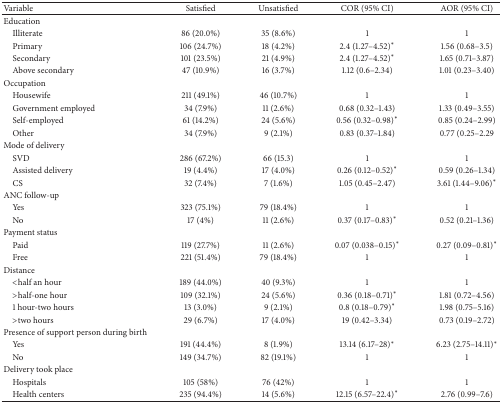
<table><thead><tr><td><b>Variable</b></td><td><b>Satisfied</b></td><td><b>Unsatisfied</b></td><td><b>COR (95% CI)</b></td><td><b>AOR (95% CI)</b></td></tr></thead><tbody><tr><td>Education</td><td> </td><td> </td><td> </td><td> </td></tr><tr><td> Illiterate</td><td>86 (20.0%)</td><td>35 (8.6%)</td><td>1</td><td>1</td></tr><tr><td> Primary</td><td>106 (24.7%)</td><td>18 (4.2%)</td><td>2.4 (1.27–4.52)<sup><i>∗</i></sup></td><td>1.56 (0.68–3.5)</td></tr><tr><td> Secondary</td><td>101 (23.5%)</td><td>21 (4.9%)</td><td>2.4 (1.27–4.52)<sup><i>∗</i></sup></td><td>1.65 (0.71–3.87)</td></tr><tr><td> Above secondary </td><td>47 (10.9%)</td><td>16 (3.7%)</td><td>1.12 (0.6–2.34)</td><td>1.01 (0.23–3.40)</td></tr><tr><td>Occupation</td><td> </td><td> </td><td> </td><td> </td></tr><tr><td> Housewife </td><td>211 (49.1%)</td><td>46 (10.7%)</td><td>1</td><td>1</td></tr><tr><td> Government employed </td><td>34 (7.9%)</td><td>11 (2.6%)</td><td>0.68 (0.32–1.43)</td><td>1.33 (0.49–3.55)</td></tr><tr><td> Self-employed</td><td>61 (14.2%)</td><td>24 (5.6%)</td><td>0.56 (0.32–0.98)<sup><i>∗</i></sup></td><td>0.85 (0.24–2.99)</td></tr><tr><td> Other</td><td>34 (7.9%)</td><td>9 (2.1%)</td><td>0.83 (0.37–1.84)</td><td>0.77 (0.25–2.29</td></tr><tr><td>Mode of delivery</td><td> </td><td> </td><td> </td><td> </td></tr><tr><td> SVD </td><td>286 (67.2%)</td><td>66 (15.3)</td><td>1</td><td>1</td></tr><tr><td> Assisted delivery </td><td>19 (4.4%)</td><td>17 (4.0%)</td><td>0.26 (0.12–0.52)<sup><i>∗</i></sup></td><td>0.59 (0.26–1.34)</td></tr><tr><td> CS </td><td>32 (7.4%)</td><td>7 (1.6%)</td><td>1.05 (0.45–2.47)</td><td>3.61 (1.44–9.06)<sup><i>∗</i></sup></td></tr><tr><td>ANC follow-up</td><td> </td><td> </td><td> </td><td> </td></tr><tr><td> Yes </td><td>323 (75.1%)</td><td>79 (18.4%)</td><td>1</td><td>1</td></tr><tr><td> No </td><td>17 (4%)</td><td>11 (2.6%)</td><td>0.37 (0.17–0.83)<sup><i>∗</i></sup></td><td>0.52 (0.21–1.36)</td></tr><tr><td>Payment status </td><td> </td><td> </td><td> </td><td> </td></tr><tr><td> Paid </td><td>119 (27.7%)</td><td>11 (2.6%)</td><td>0.07 (0.038–0.15)<sup><i>∗</i></sup></td><td>0.27 (0.09–0.81)<sup><i>∗</i></sup></td></tr><tr><td> Free </td><td>221 (51.4%)</td><td>79 (18.4%)</td><td>1</td><td>1</td></tr><tr><td>Distance </td><td> </td><td> </td><td> </td><td> </td></tr><tr><td> &lt;half an hour </td><td>189 (44.0%)</td><td>40 (9.3%)</td><td>1</td><td>1</td></tr><tr><td> &gt;half-one hour </td><td>109 (32.1%)</td><td>24 (5.6%)</td><td>0.36 (0.18–0.71)<sup><i>∗</i></sup></td><td>1.81 (0.72–4.56)</td></tr><tr><td> 1 hour-two hours </td><td>13 (3.0%)</td><td>9 (2.1%)</td><td>0.8 (0.18–0.79)<sup><i>∗</i></sup></td><td>1.98 (0.75–5.16)</td></tr><tr><td> &gt;two hours</td><td>29 (6.7%)</td><td>17 (4.0%)</td><td>19 (0.42–3.34)</td><td>0.73 (0.19–2.72)</td></tr><tr><td>Presence of support person during birth </td><td> </td><td> </td><td> </td><td> </td></tr><tr><td> Yes </td><td>191 (44.4%)</td><td>8 (1.9%)</td><td>13.14 (6.17–28)<sup><i>∗</i></sup></td><td>6.23 (2.75–14.11)<sup><i>∗</i></sup></td></tr><tr><td> No</td><td>149 (34.7%)</td><td>82 (19.1%)</td><td>1</td><td>1</td></tr><tr><td>Delivery took place</td><td> </td><td> </td><td> </td><td> </td></tr><tr><td> Hospitals</td><td>105 (58%)</td><td>76 (42%)</td><td>1</td><td>1</td></tr><tr><td> Health centers</td><td>235 (94.4%)</td><td>14 (5.6%)</td><td>12.15 (6.57–22.4)<sup><i>∗</i></sup></td><td>2.76 (0.99–7.6)</td></tr></tbody></table>